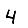
Digit: 4